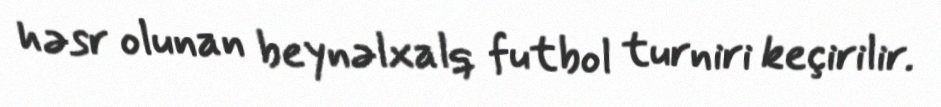
həsr olunan beynəlxalq futbol turniri keçirilir.